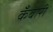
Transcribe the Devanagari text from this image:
कँवारी